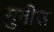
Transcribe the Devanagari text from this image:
मुनीस